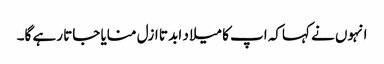
انہوں نے کہاکہ اپ کا میلا د ابد تا ازل منایا جاتا رہے گا۔